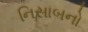
નિસાબનો